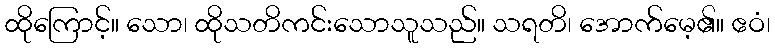
ထိုကြောင့်။ သော၊ ထိုသတိကင်းသောသူသည်။ သရတိ၊ အောက်မေ့၏။ ဧဝံ၊